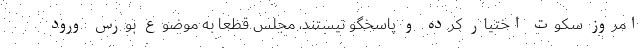
امروز سکوت اختیار کرده و پاسخگو نیستند، مجلس قطعا به موضوع بورس ورود